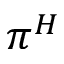
\pi ^ { H }